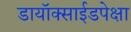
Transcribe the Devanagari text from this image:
डायॉक्साईडपेक्षा